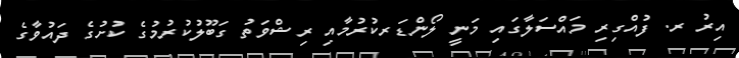
އިރު ރ. ފުއްގިރި މައްސަލާގައި މަނީ ލޯންޑަރކުރުމާއި ރިޝްވަތު ގަބޫލުކުރުމުގެ ކުށުގެ ދައުވާގެ